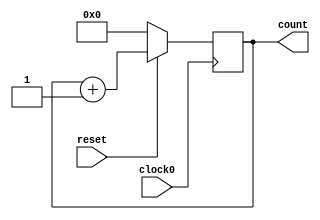
// This program was cloned from: https://github.com/tangxifan/micro_benchmark
// License: MIT License

/////////////////////////////////////////
//  Functionality: 16 bit up counter 
////////////////////////////////////////

module counterup16_1clk_posedge_sync_resetn(clock0, reset, count);

	input clock0, reset;
	output [15:0] count;
	reg [15:0] count;

	initial begin
      	  count <= 0;
    	end                                      

	always @ (posedge clock0) begin
		if (reset == 1'b0) begin
			count <= 0;
		end 
		else begin
			count <= count + 1;
		end
	end

endmodule